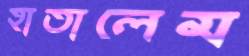
হাতালেম